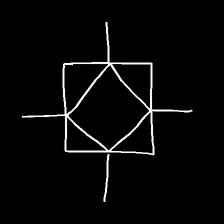
Glyph: light